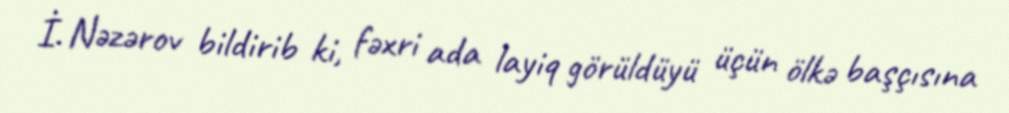
İ. Nəzərov bildirib ki, fəxri ada layiq görüldüyü üçün ölkə başçısına